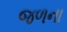
જળના